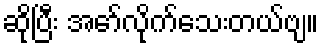
ဆိုပြီး အော်လိုက်သေးတယ်ဗျ။